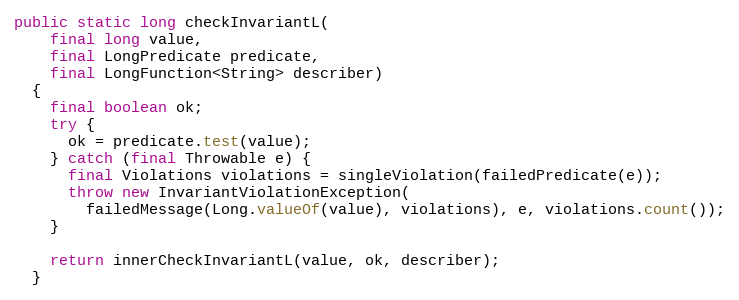
Language: Java
public static long checkInvariantL(
    final long value,
    final LongPredicate predicate,
    final LongFunction<String> describer)
  {
    final boolean ok;
    try {
      ok = predicate.test(value);
    } catch (final Throwable e) {
      final Violations violations = singleViolation(failedPredicate(e));
      throw new InvariantViolationException(
        failedMessage(Long.valueOf(value), violations), e, violations.count());
    }

    return innerCheckInvariantL(value, ok, describer);
  }